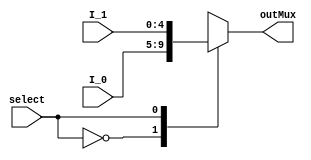
/* Module of Mux 2 to 1 of 5 bits (MuxG)
   Programmed by: Lianne Snchez Rodrguez
   Phase 3 
   Professor: Nestor Rodrguez 
*/
module mux2To1_5(output reg [4:0] outMux, input [4:0] I_0, input [4:0] I_1, input select);
	
	always @(I_0, I_1, select)
		begin
			#1;
			case(select)
				1'b0:	outMux <= I_0; 
				1'b1:	outMux <= I_1;
			endcase // select
		end
endmodule